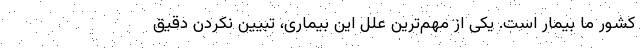
کشور ما بیمار است. یکی از مهم‌ترین علل این بیماری، تبیین نکردن دقیق